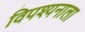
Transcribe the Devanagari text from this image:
विपश्यनाला